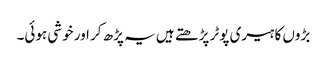
بڑوں کا ہیری پوٹر پڑھتے ہیں یہ پڑھ کر اور خوشی ہوئی۔